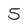
Character: 5